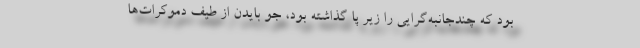
بود که چندجانبه‌گرایی را زیر پا گذاشته بود، جو بایدن از طیف دموکرات‌ها